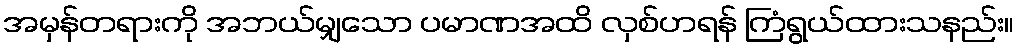
အမှန်တရားကို အဘယ်မျှသော ပမာဏအထိ လှစ်ဟရန် ကြံရွယ်ထားသနည်း။